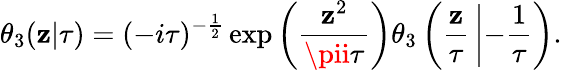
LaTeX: \theta_{3}(\mathbf{z}|\tau)=(-i\tau)^{-{\frac{{1}}{{2}}}}\exp\left({\frac{{\mathbf{z}^{2}}}{{\pii\tau}}}\right)\theta_{3}\left({\frac{{\mathbf{z}}}{{\tau}}}\left|-{\frac{{1}}{{\tau}}}\right.\right).